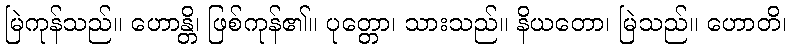
မြဲကုန်သည်။ ဟောန္တိ၊ ဖြစ်ကုန်၏။ ပုတ္တော၊ သားသည်။ နိယတော၊ မြဲသည်။ ဟောတိ၊